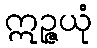
ဣဉ္ဇယုံ